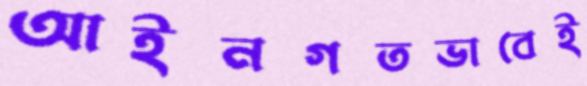
আইনগতভাবেই